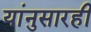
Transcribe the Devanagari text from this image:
यांनुसारही